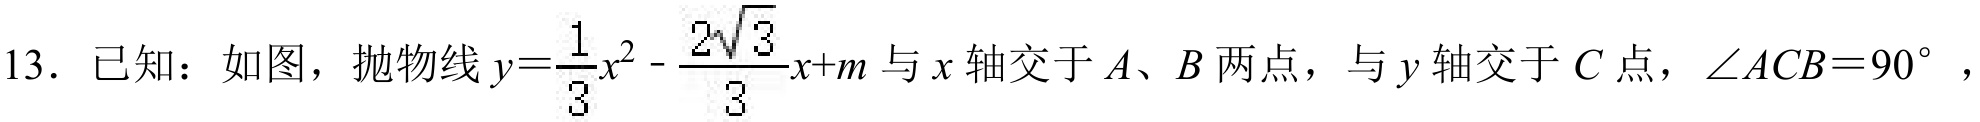
13．已知：如图，抛物线\(y = \frac{1}{3}x^{2}-\frac{2\sqrt{3}}{3}x + m\)与 \(x\) 轴交于 \(A\)、\(B\) 两点，与 \(y\) 轴交于 \(C\) 点，\(\angle ACB = 90^{\circ}\)，